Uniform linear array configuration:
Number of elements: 24
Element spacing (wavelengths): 0.25
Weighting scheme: hamming
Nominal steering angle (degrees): -60
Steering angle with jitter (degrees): -58.719
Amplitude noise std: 0.05
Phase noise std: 0.05

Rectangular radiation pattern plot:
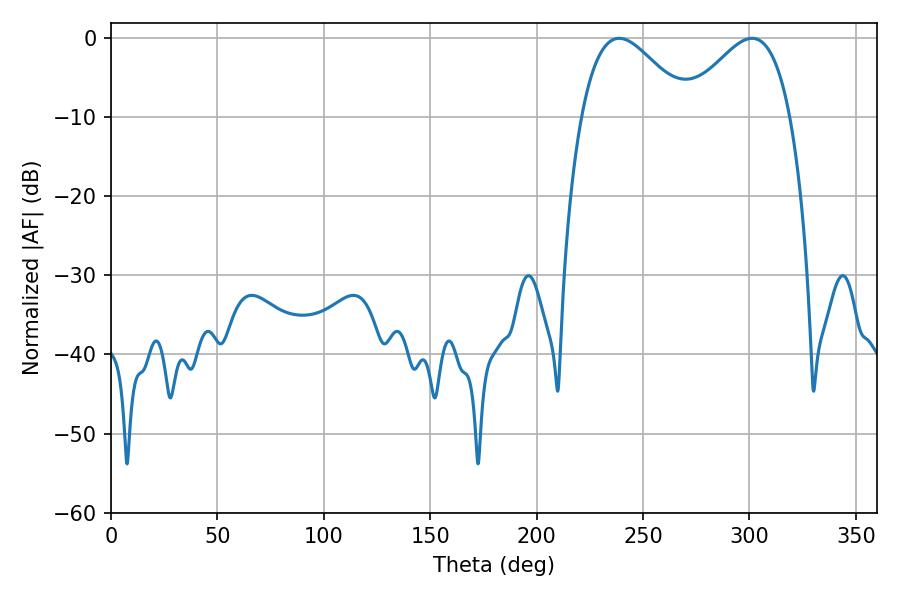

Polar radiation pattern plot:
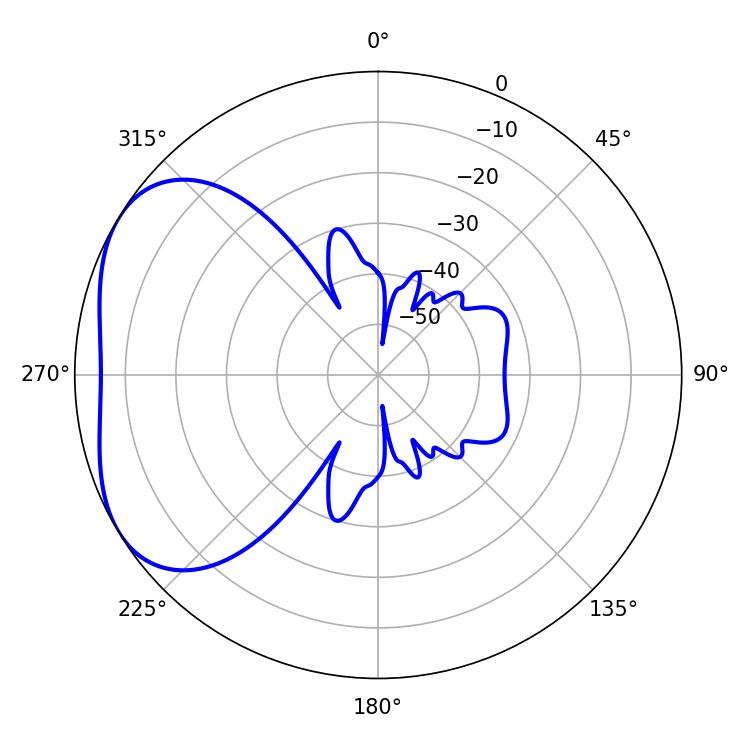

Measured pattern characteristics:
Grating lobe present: FALSE
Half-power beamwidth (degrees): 27
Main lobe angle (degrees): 238.86